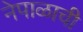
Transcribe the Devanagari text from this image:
नेपाळाची